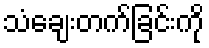
သံချေးတက်ခြင်းကို